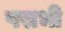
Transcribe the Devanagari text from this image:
फ्सभी